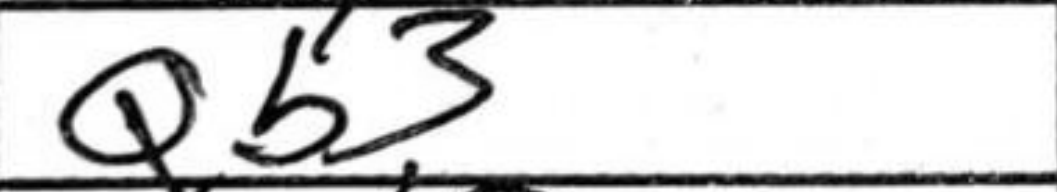
Transcription: Qb3